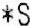
*S